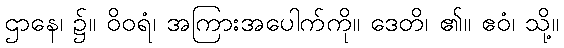
ဌာနေ၊ ၌။ ဝိဝရံ၊ အကြားအပေါက်ကို။ ဒေတိ၊ ၏။ ဧဝံ၊ သို့။